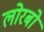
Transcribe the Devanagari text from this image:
लोरबो